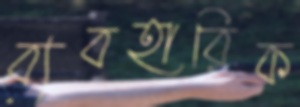
ব্যবহারিক